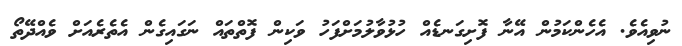
ނުވިއެވެ. އެހެންކަމުން އޭނާ ފޮށިގަނޑެއް ހުޅުވާލުމަށްފަހު ވަކިން ފޮތްތައް ނަގައިގެން އެތެރެއަށް ވެއްދޭތޯ